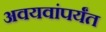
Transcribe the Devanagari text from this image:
अवयवांपर्यंत